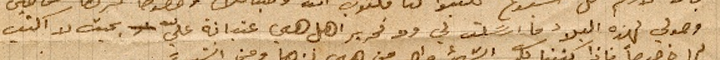
وصولي لهذه البلاد ما ارسَلت لي ولا تحرير اهل هي عتبانه عليّ بحيث لا اكتب